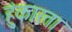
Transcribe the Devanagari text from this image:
हुंकारता